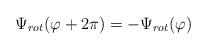
LaTeX: \begin{align*}\Psi_{rot}(\varphi +2\pi )=-\Psi_{rot} (\varphi )\end{align*}